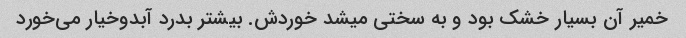
خمیر آن بسیار خشک بود و به سختی میشد خوردش. بیشتر بدرد آبدوخیار می‌خورد